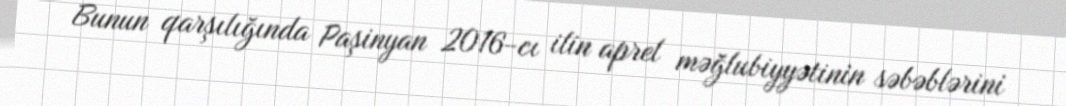
Bunun qarşılığında Paşinyan 2016-cı ilin aprel məğlubiyyətinin səbəblərini